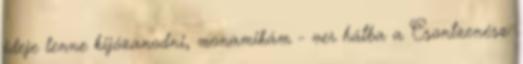
ideje lenne kijózanodni, monamikám - ver hátba a Csontzenész.